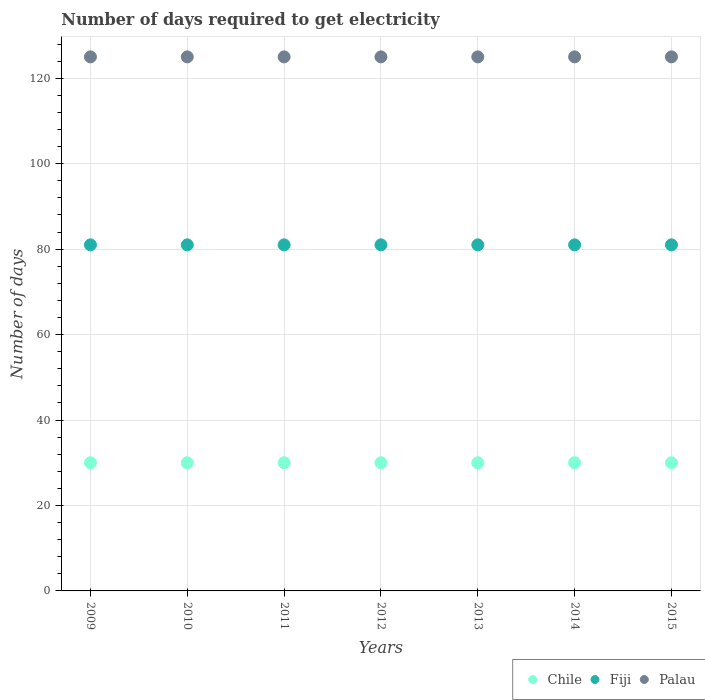
| Years | Chile | Fiji | Palau |
 | --- | --- | --- | --- |
 | 2009 | 30 | 81 | 125 |
 | 2010 | 30 | 81 | 125 |
 | 2011 | 30 | 81 | 125 |
 | 2012 | 30 | 81 | 125 |
 | 2013 | 30 | 81 | 125 |
 | 2014 | 30 | 81 | 125 |
 | 2015 | 30 | 81 | 125 |